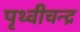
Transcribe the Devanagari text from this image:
पृथ्वीचन्द्र